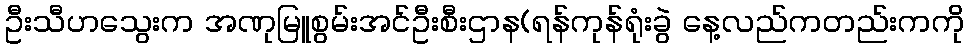
ဦးသီဟသွေးက အဏုမြူစွမ်းအင်ဦးစီးဌာန(ရန်ကုန်ရုံးခွဲ နေ့လည်ကတည်းကကို